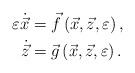
LaTeX: \begin{align*}\begin{aligned}\varepsilon \dot {\vec {x}} & = \vec{f} \left( {\vec{x},\vec{z},\varepsilon} \right), \\\dot {\vec {z}} & = \vec {g}\left( {\vec{x}, \vec{z},\varepsilon }\right).\end{aligned}\end{align*}